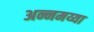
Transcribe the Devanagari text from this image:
अन्नमय्या